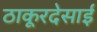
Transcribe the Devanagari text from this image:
ठाकूरदेसाई